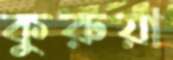
কুরুয়া